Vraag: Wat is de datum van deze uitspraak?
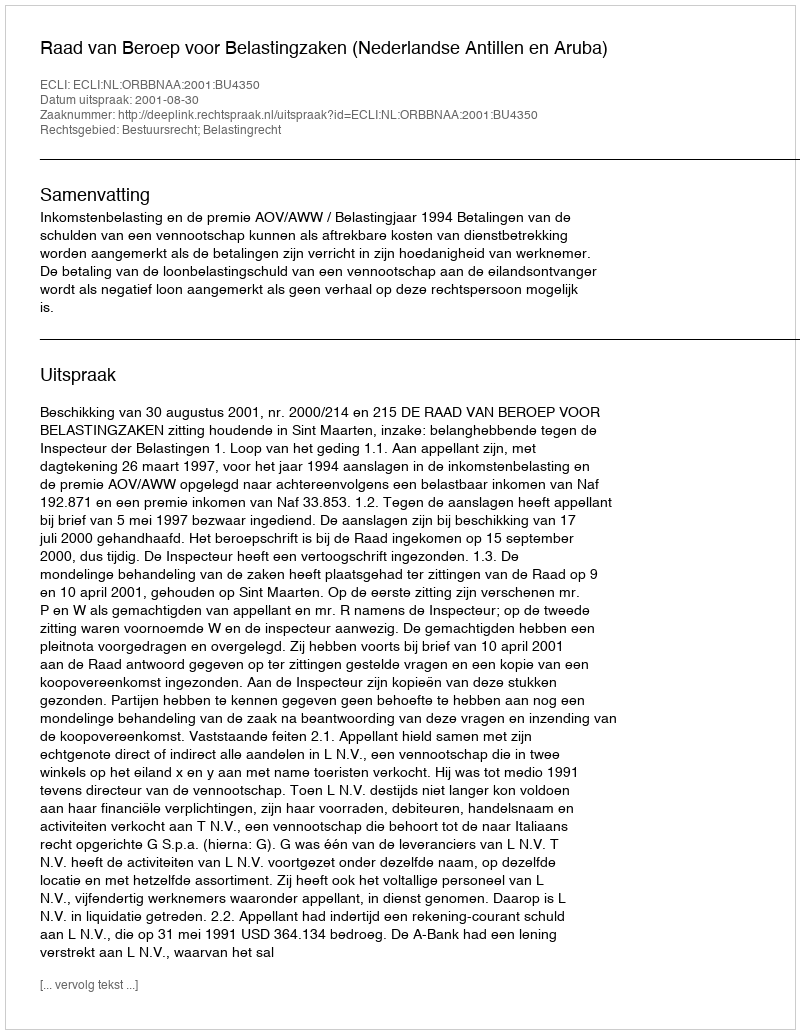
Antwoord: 2001-08-30